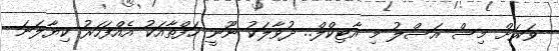
ވަރަށް މިސް އަސްލު މި އާޓިކްލް.. ދުވާލަކު ނޫނީ ހަފްތާއަކު އެއްފަހަރު ކިޔާލަނަ